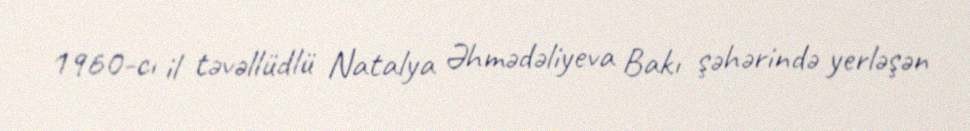
1960-cı il təvəllüdlü Natalya Əhmədəliyeva Bakı şəhərində yerləşən